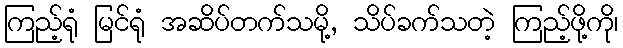
ကြည့်ရုံ မြင်ရုံ အဆိပ်တက်သမို့, သိပ်ခက်သတဲ့ ကြည့်ဖို့ကို၊